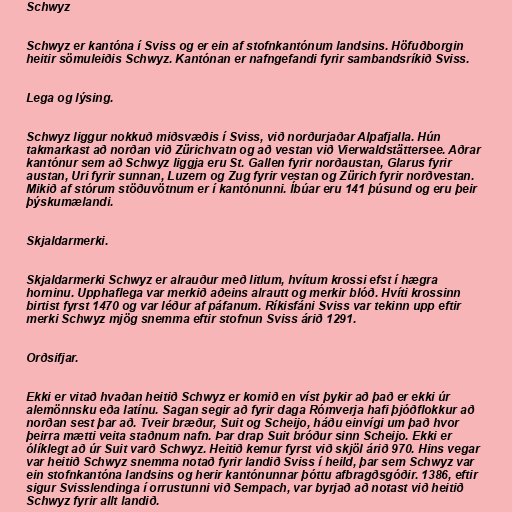
Schwyz

Schwyz er kantóna í Sviss og er ein af stofnkantónum landsins. Höfuðborgin
heitir sömuleiðis Schwyz. Kantónan er nafngefandi fyrir sambandsríkið Sviss.

Lega og lýsing.

Schwyz liggur nokkuð miðsvæðis í Sviss, við norðurjaðar Alpafjalla. Hún
takmarkast að norðan við Zürichvatn og að vestan við Vierwaldstättersee. Aðrar
kantónur sem að Schwyz liggja eru St. Gallen fyrir norðaustan, Glarus fyrir
austan, Uri fyrir sunnan, Luzern og Zug fyrir vestan og Zürich fyrir norðvestan.
Mikið af stórum stöðuvötnum er í kantónunni. Íbúar eru 141 þúsund og eru þeir
þýskumælandi.

Skjaldarmerki.

Skjaldarmerki Schwyz er alrauður með litlum, hvítum krossi efst í hægra
horninu. Upphaflega var merkið aðeins alrautt og merkir blóð. Hvíti krossinn
birtist fyrst 1470 og var léður af páfanum. Ríkisfáni Sviss var tekinn upp eftir
merki Schwyz mjög snemma eftir stofnun Sviss árið 1291.

Orðsifjar.

Ekki er vitað hvaðan heitið Schwyz er komið en víst þykir að það er ekki úr
alemönnsku eða latínu. Sagan segir að fyrir daga Rómverja hafi þjóðflokkur að
norðan sest þar að. Tveir bræður, Suit og Scheijo, háðu einvígi um það hvor
þeirra mætti veita staðnum nafn. Þar drap Suit bróður sinn Scheijo. Ekki er
ólíklegt að úr Suit varð Schwyz. Heitið kemur fyrst við skjöl árið 970. Hins vegar
var heitið Schwyz snemma notað fyrir landið Sviss í heild, þar sem Schwyz var
ein stofnkantóna landsins og herir kantónunnar þóttu afbragðsgóðir. 1386, eftir
sigur Svisslendinga í orrustunni við Sempach, var byrjað að notast við heitið
Schwyz fyrir allt landið.